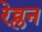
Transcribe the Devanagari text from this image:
रेव्लन